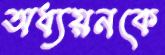
অধ্যয়নকে